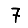
Digit: 7